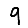
Digit: 9